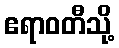
ဧရာဝတီသို့